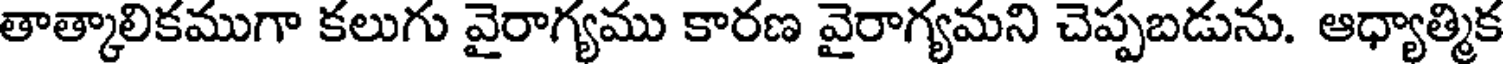
తాత్కాలికముగా కలుగు వైరాగ్యము కారణ వైరాగ్యమని చెప్పబడును. ఆధ్యాత్మిక